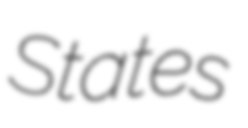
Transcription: States